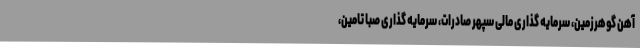
آهن گوهرزمین، سرمایه‌ گذاری مالی سپهر صادرات، سرمایه‌ گذاری صبا تامین،